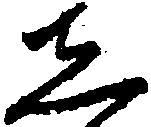
し